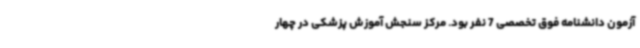
آزمون دانشنامه فوق تخصصی 7 نفر بود. مرکز سنجش آموزش پزشکی در چهار